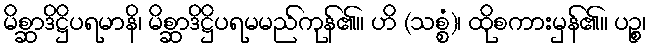
မိစ္ဆာဒိဋ္ဌိပရမာနိ၊ မိစ္ဆာဒိဋ္ဌိပရမမည်ကုန်၏။ ဟိ (သစ္စံ)၊ ထိုစကားမှန်၏။ ပဉ္စ၊